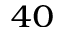
^ { 4 0 }